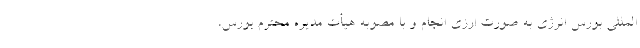
المللی بورس انرژی به صورت ارزی انجام و با مصوبه هیأت مدیره محترم بورس،